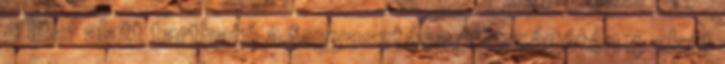
5 liter alatt tartható a fogyasztása. Országúton 4 alatt